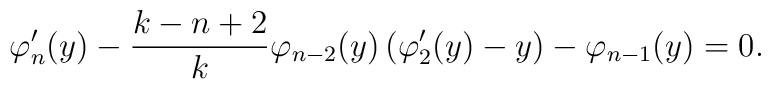
\varphi _n'(y)-\frac{k-n+2}{k}\varphi _{n-2}(y) \left( \varphi _2'(y)-y\right)-\varphi _{n-1}(y) =0.